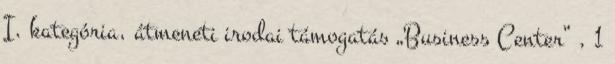
I. kategória, átmeneti irodai támogatás „Business Center” , 1